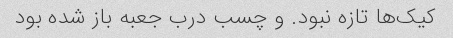
کیک‌ها تازه نبود. و چسب درب جعبه باز شده بود